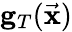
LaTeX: {\mathbf g}_{T}(\vec{\mathbf x})